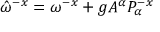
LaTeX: \hat { \omega } ^ { - x } = \omega ^ { - x } + g A ^ { \alpha } { \cal P } _ { \alpha } ^ { - x }